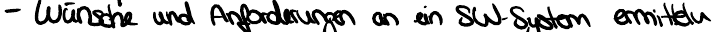
- Wünsche und Anforderungen an ein SW-System ermitteln